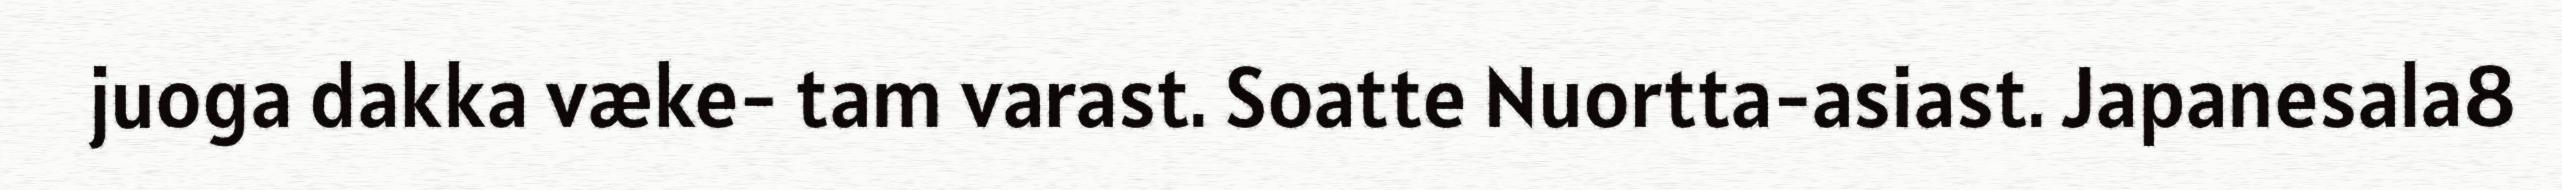
juoga dakka væke- tam varast. Soatte Nuortta-asiast. Japanesala8